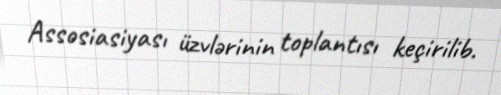
Assosiasiyası üzvlərinin toplantısı keçirilib.